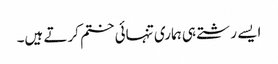
ایسے رشتے ہی ہماری تنہائی ختم کرتے ہیں۔